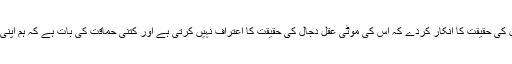
نعوذباللہ من ذلک، کس قدر تعجب کی بات ہے کہ ایک انسان محض اس وجہ سے دجال کی حقیقت کا انکار کردے کہ اس کی موٹی عقل دجال کی حقیقت کا اعتراف نہیں کرتی ہے اور کتنی حماقت کی بات ہے کہ ہم اپنی عقل کو متہم کرنے کے بجائے رسول اکرم صلی اللہ علیہ وسلم کو وہم کا شکار بتائیں۔